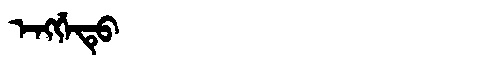
Manchu: ᡝᠩᡤᡝᡨᡠ
Romanization: ENGGETU